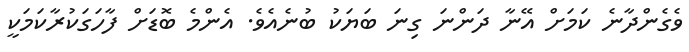
ވެގެންދާނެ ކަމަށް އޭނާ ދަންނަ ގިނަ ބަޔަކު ބުނެއެވެ. އެންމެ ބޮޑަށް ފާހަގަކުރާކަމަކީ